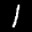
Label: 1